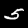
Digit: 5